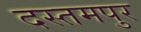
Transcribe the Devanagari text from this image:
दस्तमपुर